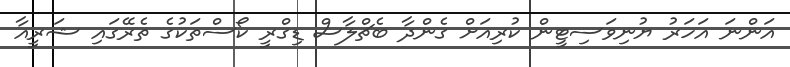
އަންނަ އަހަރު ޔުނިވަސިޓީން ކުރިއަށް ގެންދާ ބެޗްލާސް ޑިގްރީ ކޯސްތަކުގެ ތެރޭގައި ޝަރީއާ